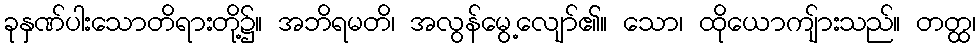
ခုနှဏ်ပါးသောတိရားတို့၌။ အဘိရမတိ၊ အလွန်မွေ့လျော်၏။ သော၊ ထိုယောကျ်ားသည်။ တတ္ထ၊